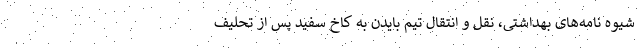
شیوه نامه‌های بهداشتی، نقل و انتقال تیم بایدن به کاخ سفید پس از تحلیف